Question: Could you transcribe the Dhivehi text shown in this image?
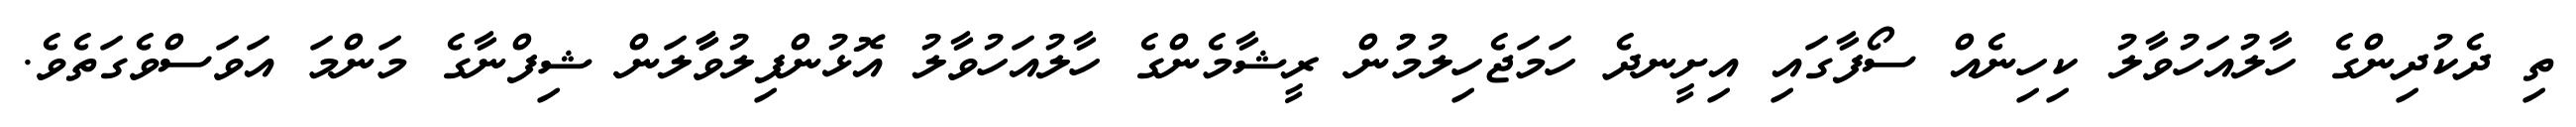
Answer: ތި ދެކުދިންގެ ހާލުއަހުވާލު ކިހިނެއް ސޯފާގައި އިށީނދެ ހަމަޖެހިލުމުުން ރީޝާމެންގެ ހާލުއަހުވާލު އޮޅުންފިލުވާާލަން ޝިފްނާގެ މަންމަ އަވަސްވެގަތެވެ.